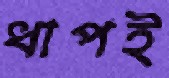
ধাপই